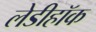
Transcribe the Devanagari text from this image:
लेडीहॉक